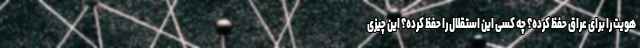
هویت را برای عراق حفظ کرده؟ چه کسی این استقلال را حفظ کرده؟ این چیزی